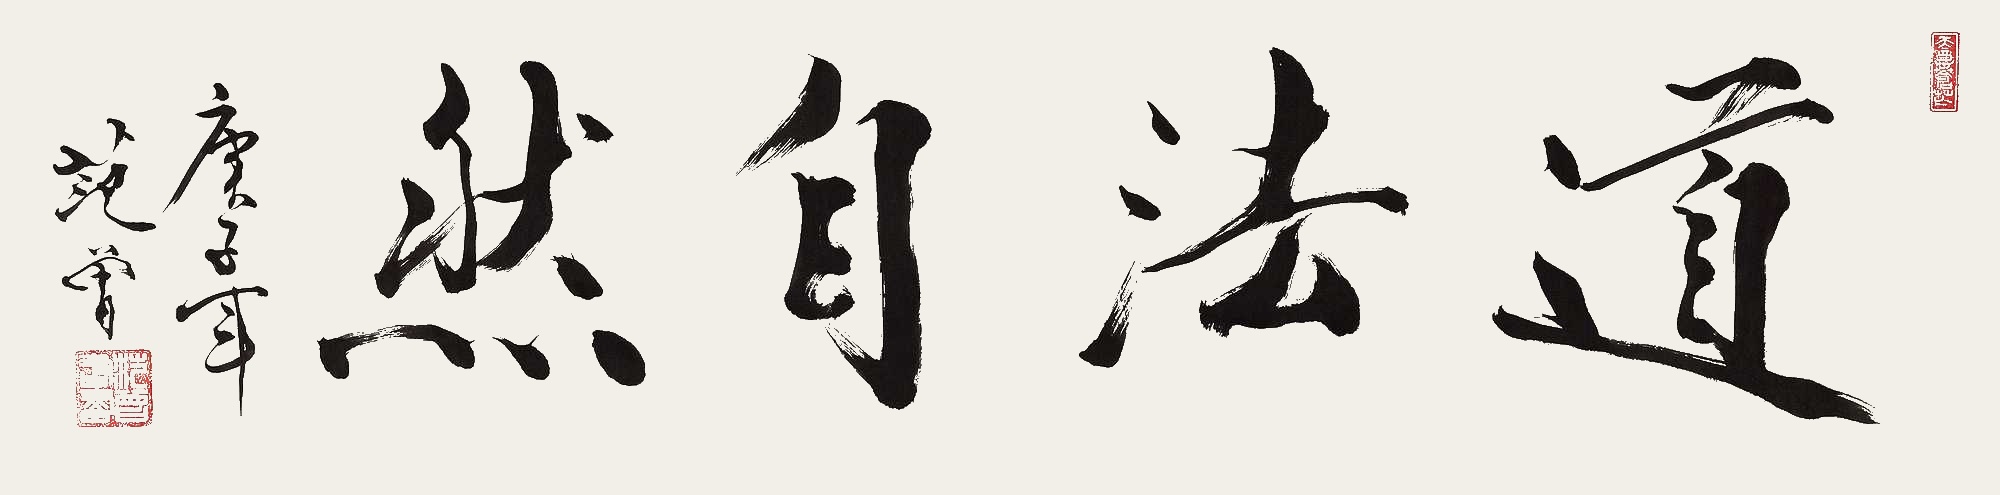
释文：道法自然庚子年范曾。